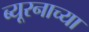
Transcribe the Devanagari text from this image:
ब्यूरनाच्या